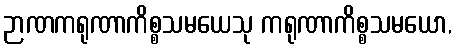
ဉာဏကရုဏာကိစ္စသမယေသု ကရုဏာကိစ္စသမယော,